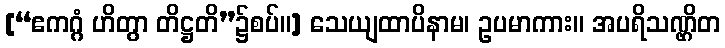
[“ဧကဂ္ဂံ ဟိတွာ တိဋ္ဌတိ”၌စပ်။] သေယျထာပိနာမ၊ ဥပမာကား။ အပရိသဏ္ဌိတ